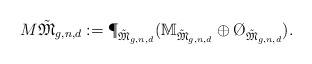
\begin{align*}M\tilde{\mathfrak{M}}_{g,n,d}:=\P_{\tilde{\mathfrak{M}}_{g,n,d}}(\mathbb{M}_{\tilde{\mathfrak{M}}_{g,n,d}}\oplus\O_{\tilde{\mathfrak{M}}_{g,n,d}}).\end{align*}